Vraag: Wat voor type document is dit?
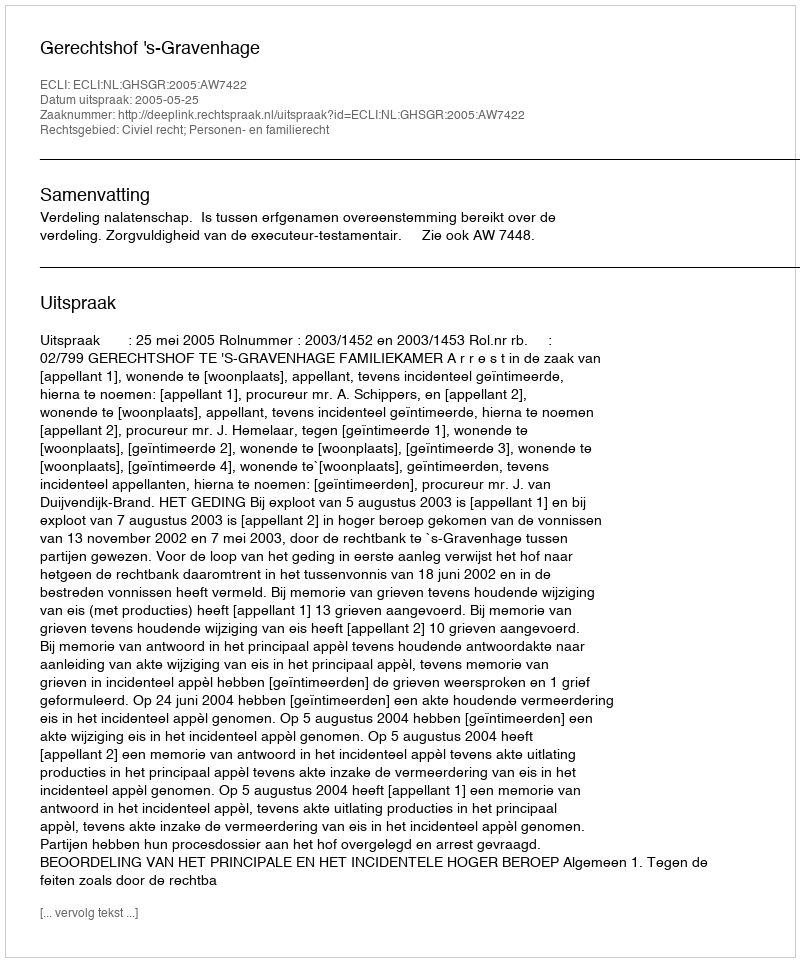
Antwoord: Uitspraak